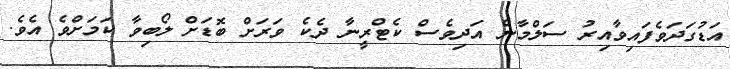
އަޑުގަދަވެފައިވާއިރު ސަލްމާން އަދިވެސް ކެޓްރީނާ ދެކެ ވަރަށް ބޮޑަށް ލޯބިވާ ކަމަށްވެ އެވެ.